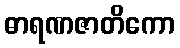
ဓာရဏဇာတိကော